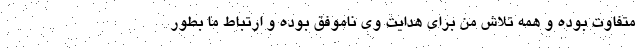
متفاوت بوده و همه تلاش من برای هدایت وی ناموفق بوده و ارتباط ما بطور